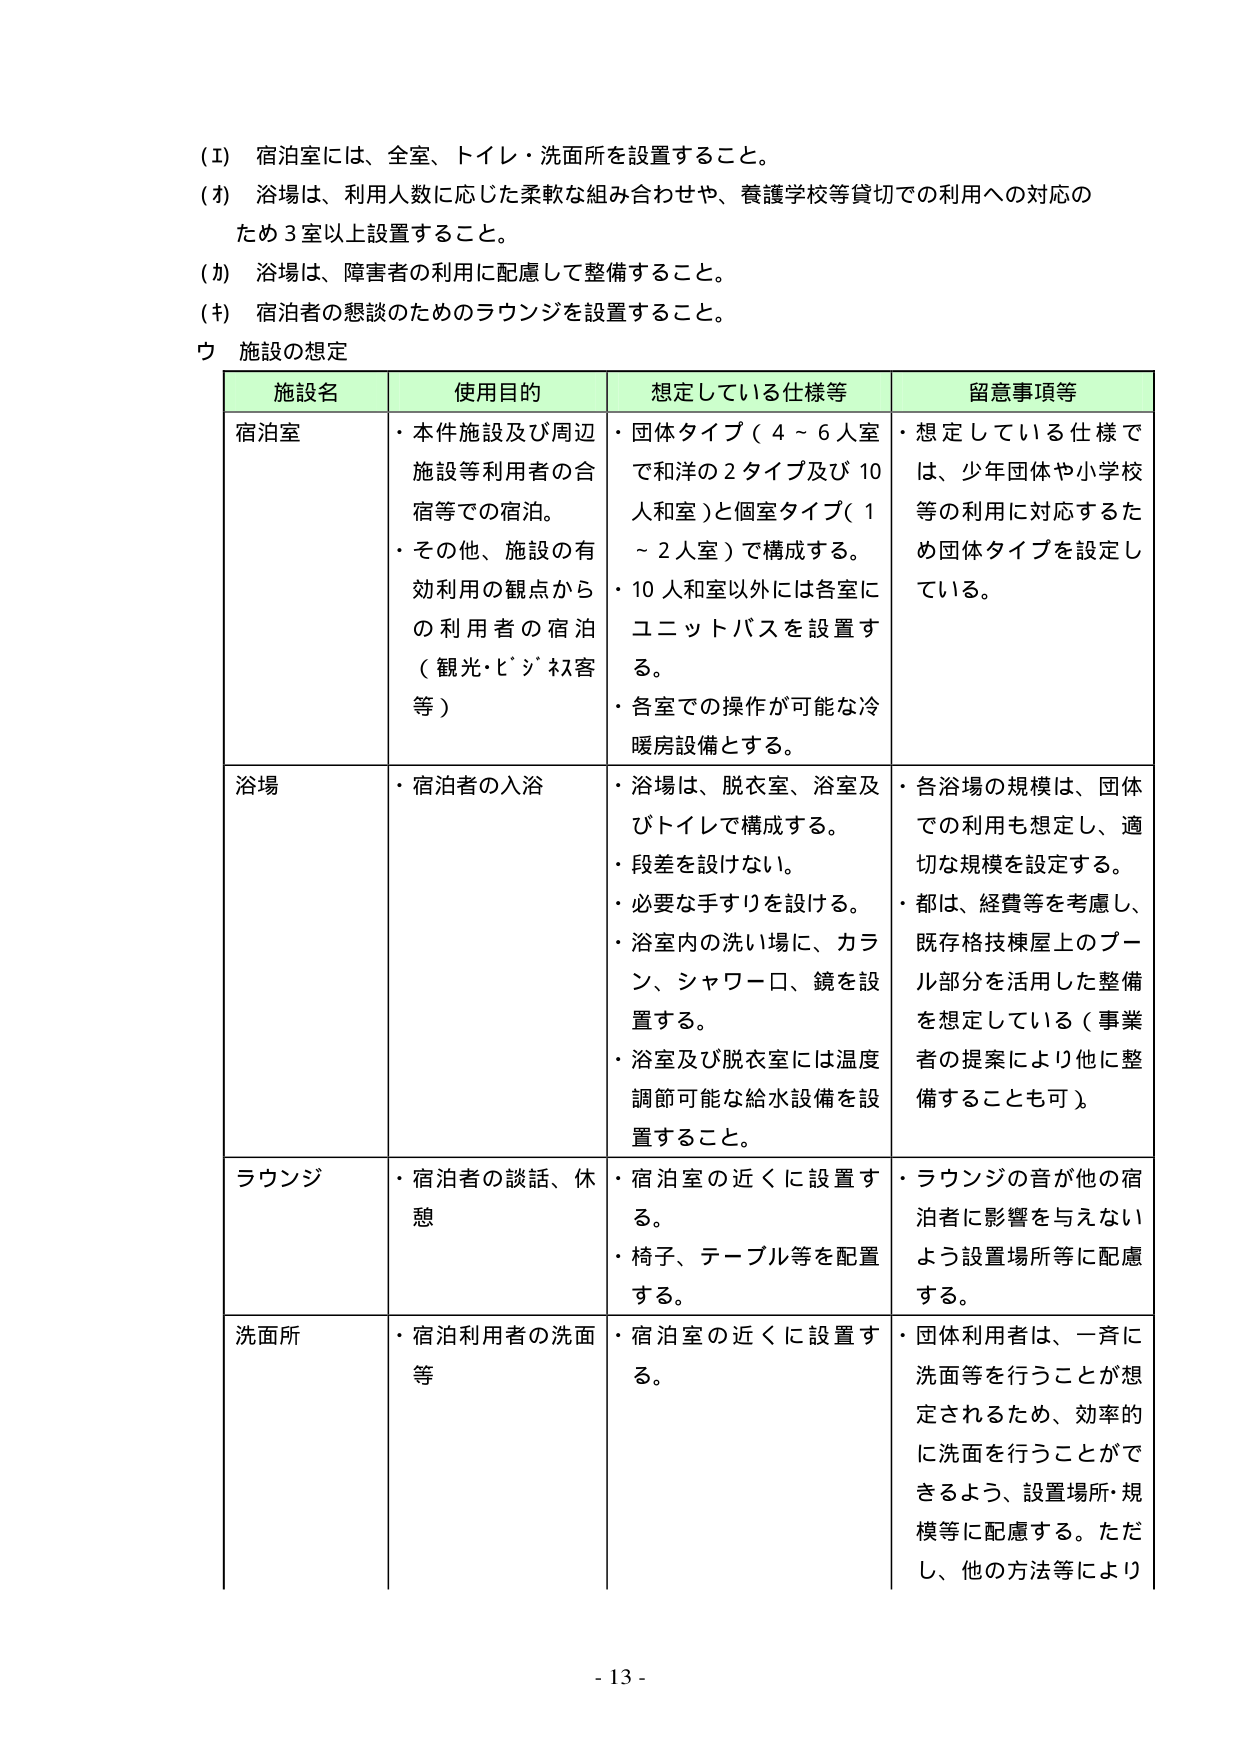
(Ⅰ) 宿泊室には、全室、トイレ・洗面所を設置すること。
(Ⅱ) 浴場は、利用人数に応じた柔軟な組み合わせや、養護学校等貸切での利用への対応のため３室以上設置すること。
(Ⅲ) 浴場は、障害者の利用に配慮して整備すること。
(Ⅳ) 宿泊者の懇談のためのラウンジを設置すること。

ウ 施設の想定

| 施設名 | 使用目的 | 想定している仕様等 | 留意事項等 |
|---------|----------|------------------|------------|
| 宿泊室 | ・本件施設及び周辺施設等利用者の合宿等での宿泊。<br>・その他、施設の有効利用の観点からの利用者の宿泊（観光・ビジネス客等） | ・団体タイプ（４～６人室で和洋の２タイプ及び10人和室）と個室タイプ（１～２人室）で構成する。<br>・10人和室以外には各室にユニットバスを設置する。<br>・各室での操作が可能な冷暖房設備とする。 | ・想定している仕様では、少年団体や小学校等の利用に対応するため団体タイプを設定している。 |
| 浴場 | ・宿泊者の入浴 | ・浴場は、脱衣室、浴室及びトイレで構成する。<br>・段差を設けない。<br>・必要な手すりを設ける。<br>・浴室内の洗い場に、カラン、シャワーロ、鏡を設置する。<br>・浴室及び脱衣室には温度調節可能な給水設備を設置すること。 | ・各浴場の規模は、団体での利用も想定し、適切な規模を設定する。<br>・都は、経費等を考慮し、既存格技棟屋上のプール部分を活用した整備を想定している（事業者の提案により他に整備することも可）。 |
| ラウンジ | ・宿泊者の談話、休憩 | ・宿泊室の近くに設置する。<br>・椅子、テーブル等を配置する。 | ・ラウンジの音が他の宿泊者に影響を与えないよう設置場所等に配慮する。 |
| 洗面所 | ・宿泊利用者の洗面等 | ・宿泊室の近くに設置する。 | ・団体利用者は、一斉に洗面等を行うことが想定されるため、効率的に洗面を行うことができるよう、設置場所・規模等に配慮する。ただし、他の方法等により |

- 13 -